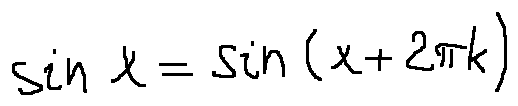
\sin x = \sin ( x + 2 \pi k )